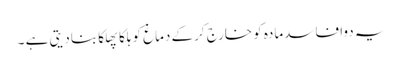
یہ دوا فاسدمادہ کو خارج کرکے دماغ کو ہلکا پھلکا بنادیتی ہے ۔